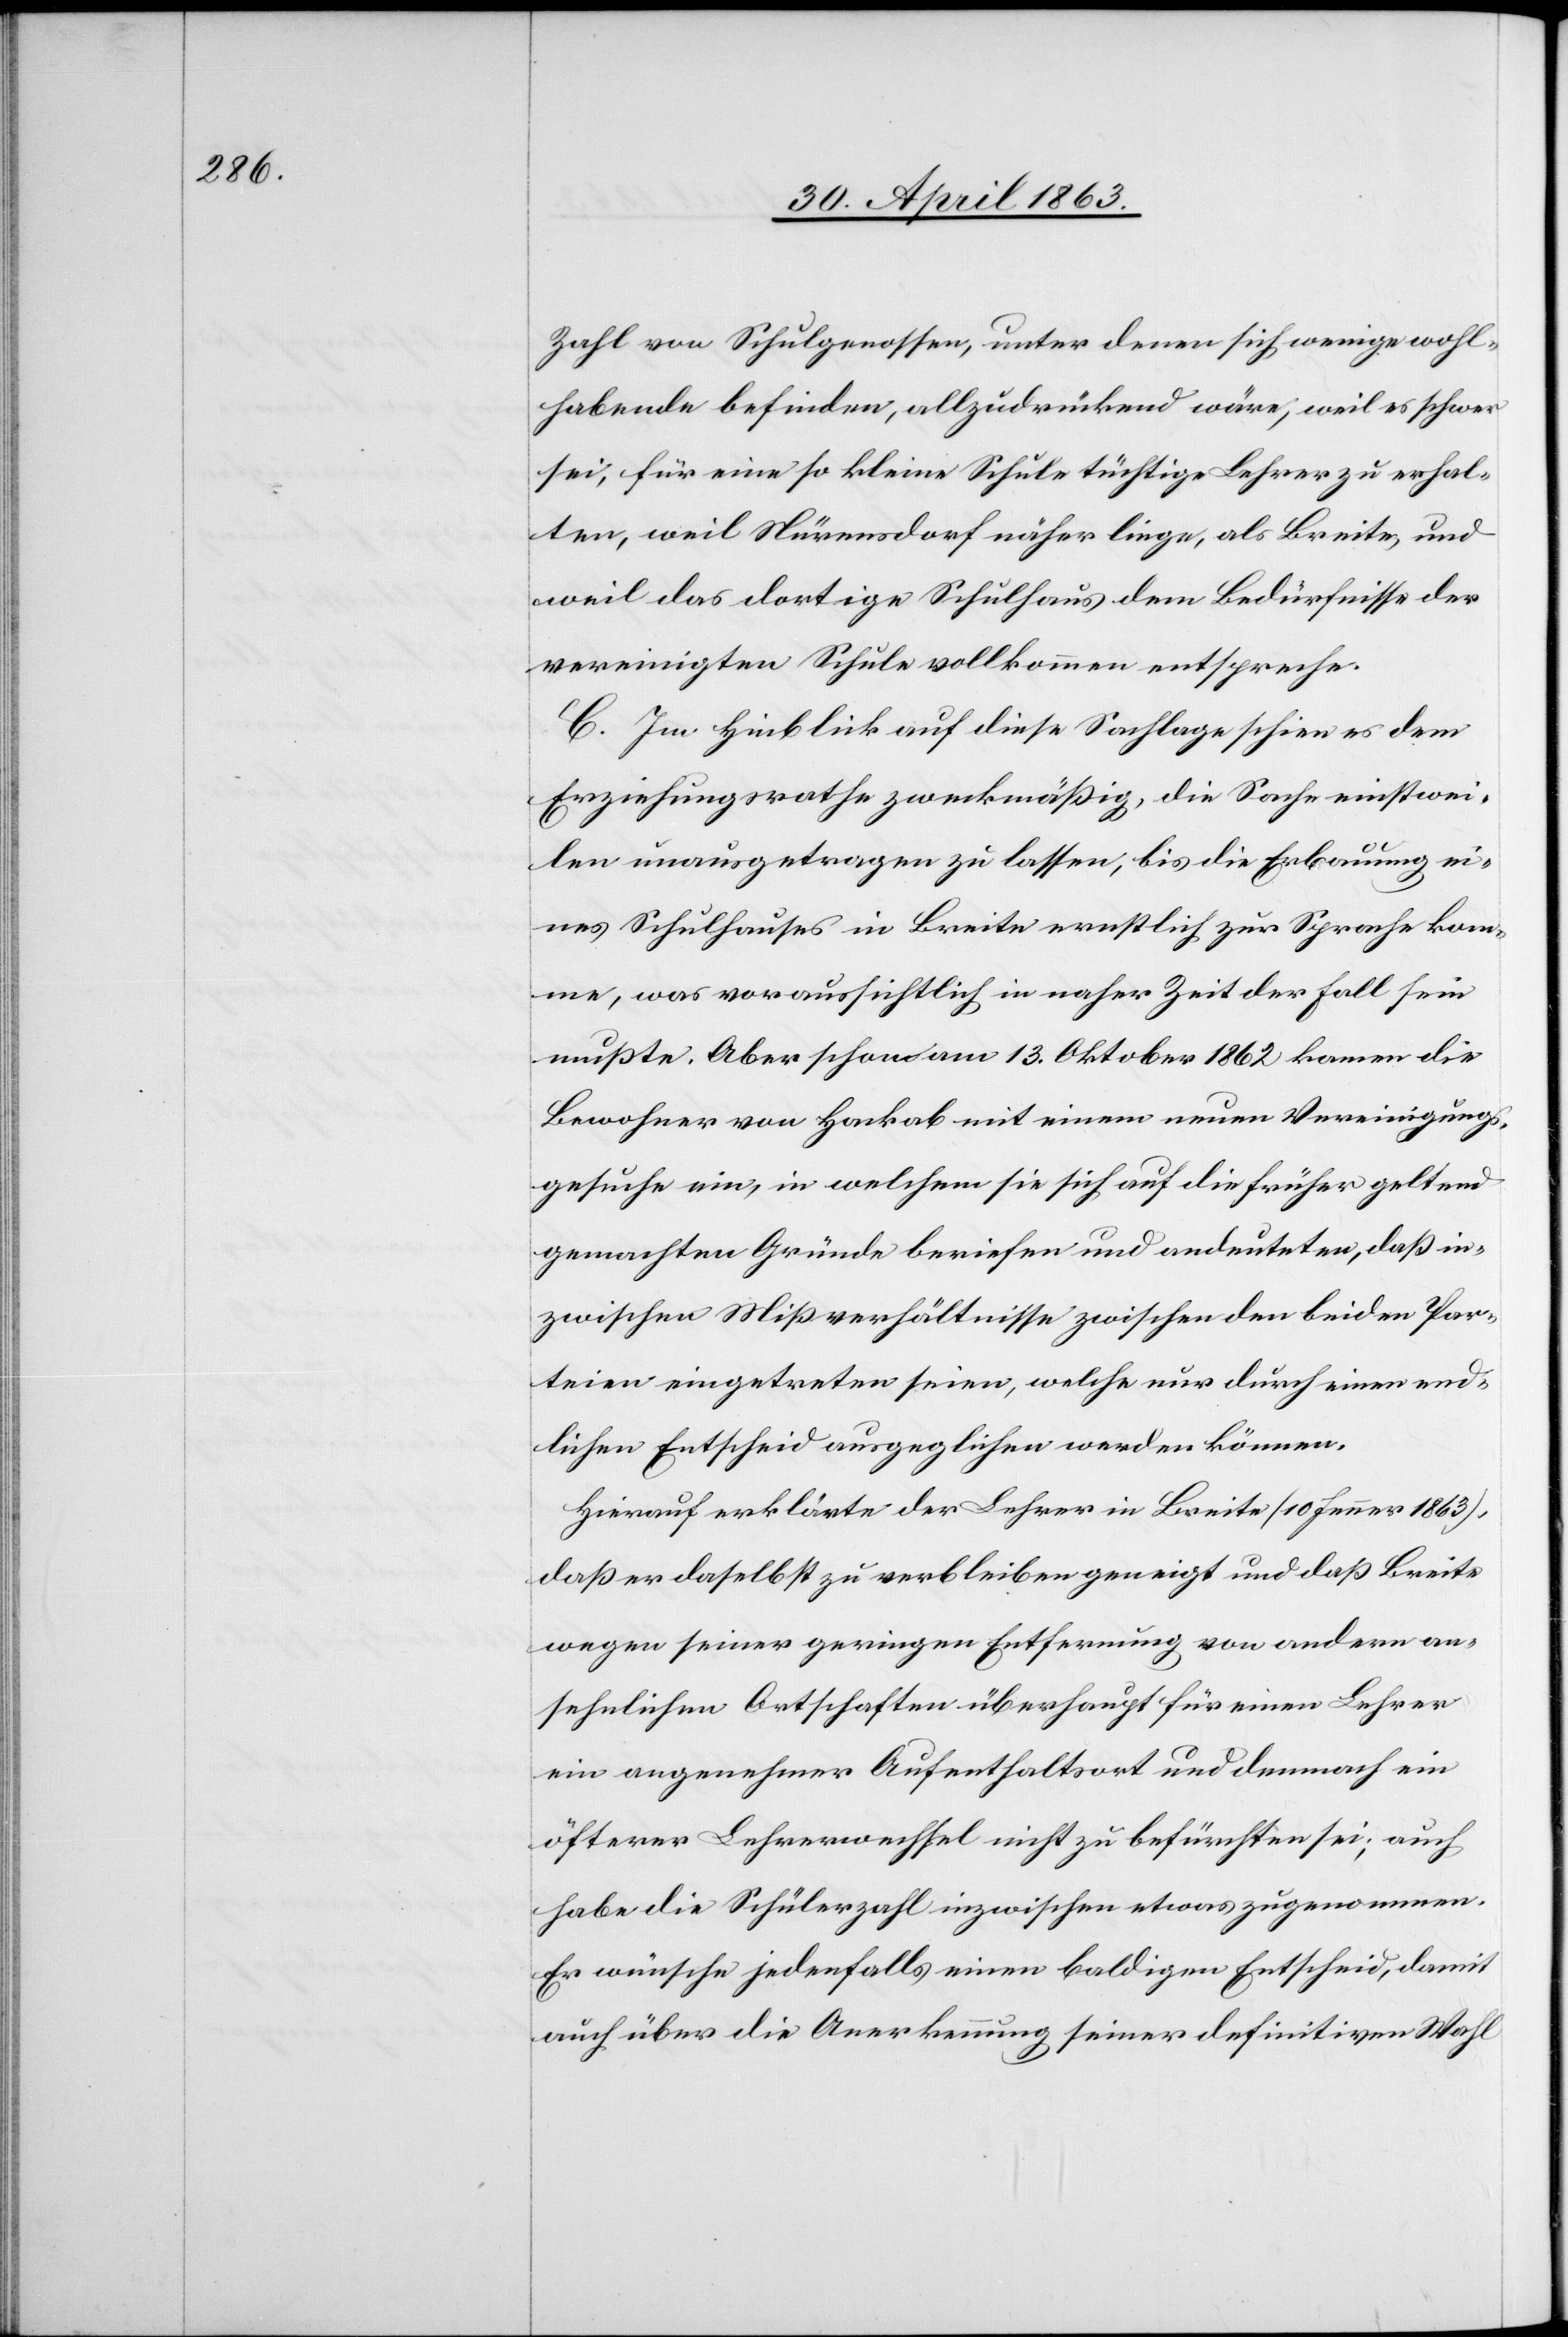
Zahl von Schulgenossen, unter denen sich wenige wohl¬
habende befinden, allzudrückend wäre, weil es schwer
sei, für eine so kleine Schule tüchtige Lehrer zu erhal¬
ten, weil Nürensdorf näher liege, als Breite, und
weil das dortige Schulhaus dem Bedürfnisse der
vereinigten Schule vollkommen entspreche.
C. Im Hinblick auf diese Sachlage schien es dem
Erziehungsrathe zweckmäßig, die Sache einstwei¬
len unausgetragen zu lassen, bis die Erbauung ei¬
nes Schulhauses in Breite ernstlich zur Sprache kom¬
me, was voraussichtlich in naher Zeit der Fall sein
mußte. Aber schon am 13. Oktober 1862 kamen die
Bewohner von Hackab mit einem neuen Vereinigungs¬
gesuche ein, in welchem sie sich auf die früher geltend
gemachten Gründe beriefen und andeuteten, daß in¬
zwischen Mißverhältnisse zwischen den beiden Par¬
teien eingetreten seien, welche nur durch einen end¬
lichen Entscheid ausgeglichen werden können.
Hierauf erklärte der Lehrer in Breite (10 Jenner 1963),
daß er daselbst zu verbleiben geneigt und daß Breite
wegen seiner geringen Entfernung von andern an¬
sehnlichen Ortschaften überhaupt für einen Lehrer
ein angenehmer Aufenthaltsort und demnach ein
öfterer Lehrerwechsel nicht zu befürchten sei; auch
habe die Schülerzahl inzwischen etwas zugenommen.
Er wünsche jedenfalls einen baldigen Entscheid, damit
auch über die Anerkennung seiner definitiven Wahl